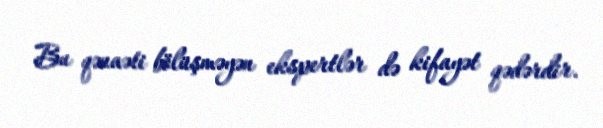
Bu qənaəti bölüşməyən ekspertlər də kifayət qədərdir.